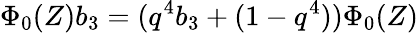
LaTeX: \Phi_{0}(Z)b_{3}=(q^{4}b_{3}+(1-q^{4}))\Phi_{0}(Z)